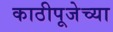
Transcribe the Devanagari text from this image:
काठीपूजेच्या